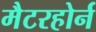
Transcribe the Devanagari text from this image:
मैटरहोर्न